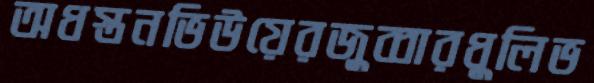
অধস্তনভিউয়েরজুব্বারধুলিভ